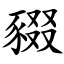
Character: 䝌